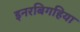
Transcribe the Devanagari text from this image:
इनरबिगहिया